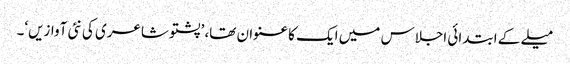
میلے کے ابتدائی اجلاس میں ایک کا عنوان تھا، ’پشتو شاعری کی نئی آوازیں‘۔